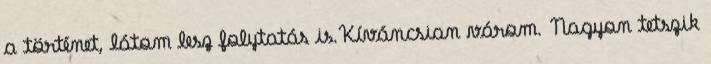
a történet, látom lesz folytatás is.Kíváncsian várom. Nagyon tetszik